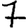
Digit: 7